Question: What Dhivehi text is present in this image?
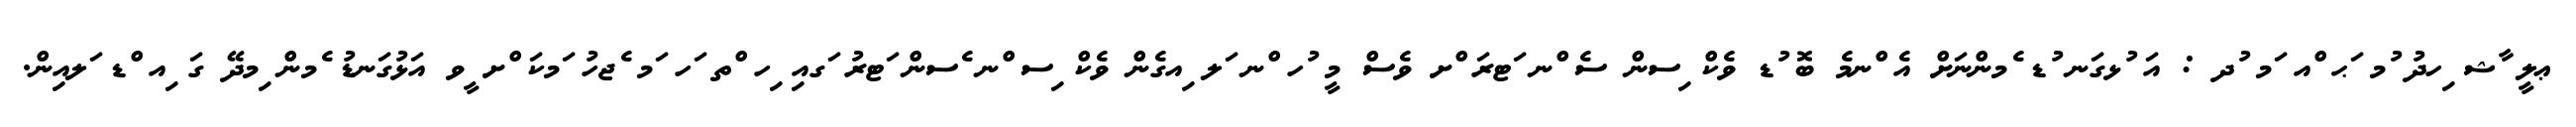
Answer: ޢލީ ާޝ ިހދު ުމ ަޙ ްއ ަމ ުދ : އަ ުޅގަނ ުޑ ެމންނަށް އެ ްނމެ ބޮ ުޑ ވެކް ިސން ސެ ްނ ަޓރަ ްށ ވެސް މީ ުހ ްނ ަލ ިއގެން ވެކް ިސ ްނ ެސން ަޓރު ަގއި ިހ ްތ ަހ ަމ ެޖހު ަމކަ ްށ ީވ އަޅުގަނޑު ެމން ިމދޭ ގަ ިއ ްޑ ަލއިން.